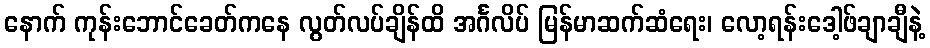
နောက် ကုန်းဘောင်ခေတ်ကနေ လွတ်လပ်ချိန်ထိ အင်္ဂလိပ် မြန်မာဆက်ဆံရေး၊ လော့ရန်းဒေါ့ဖ်ချာချီနဲ့